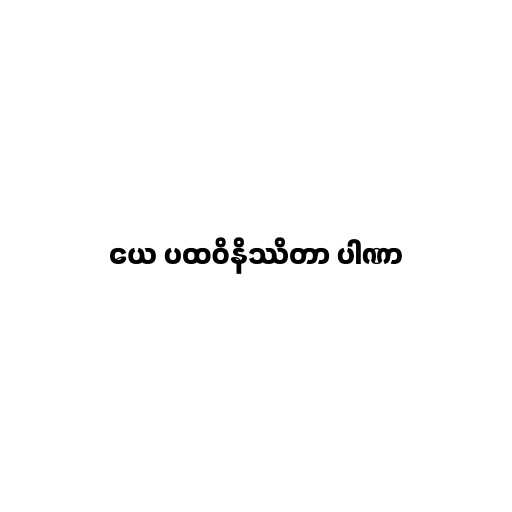
ယေ ပထဝိနိဿိတာ ပါဏာ